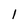
Character: 1